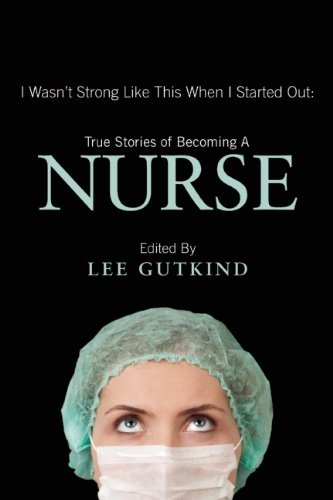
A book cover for I Wasn't Strong Like This When I Started Out: True Stories of Becoming a Nurse; Literature & Fiction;